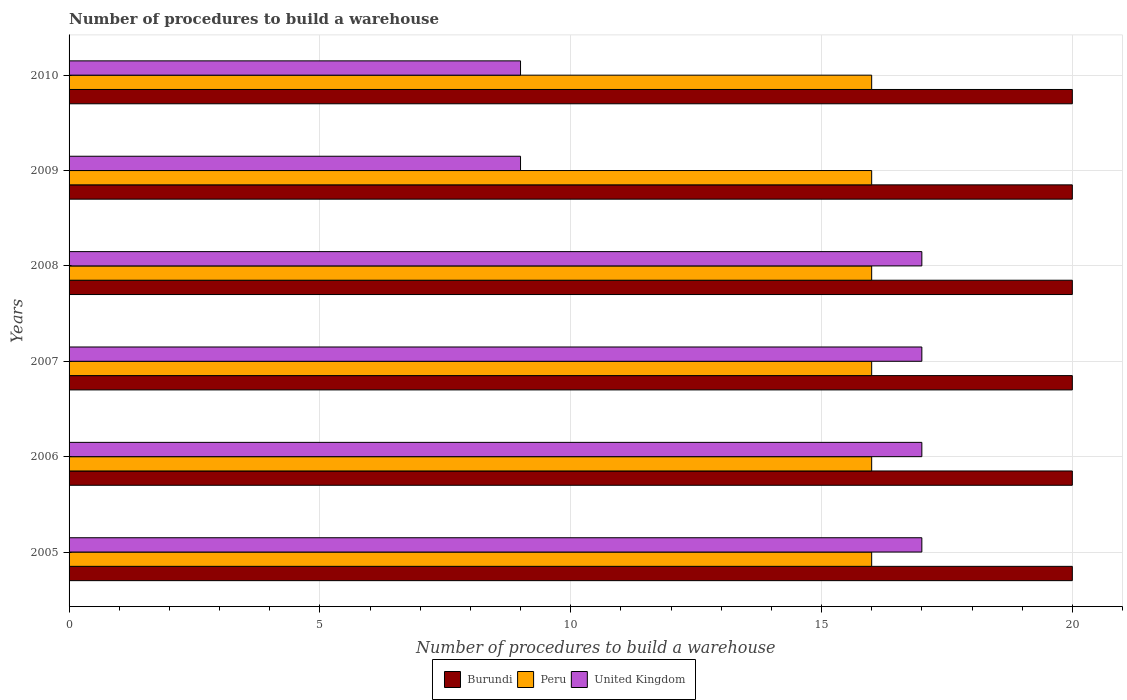
| Years | Burundi | Peru | United Kingdom |
 | --- | --- | --- | --- |
 | 2005 | 20 | 16 | 17 |
 | 2006 | 20 | 16 | 17 |
 | 2007 | 20 | 16 | 17 |
 | 2008 | 20 | 16 | 17 |
 | 2009 | 20 | 16 | 9 |
 | 2010 | 20 | 16 | 9 |